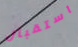
استقبال